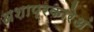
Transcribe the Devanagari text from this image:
अशाप्रकारेअं